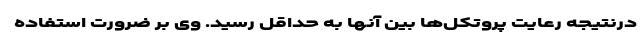
درنتیجه رعایت پروتکل‌ها بین آنها به حداقل رسید. وی بر ضرورت استفاده